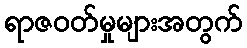
ရာဇဝတ်မှုများအတွက်